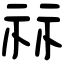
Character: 祘